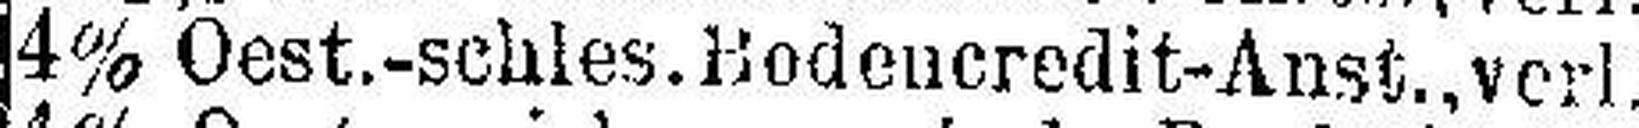
4% Oest.-schles. Bodencredit-Anst., verl.